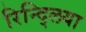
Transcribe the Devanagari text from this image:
रिन्द्लिया